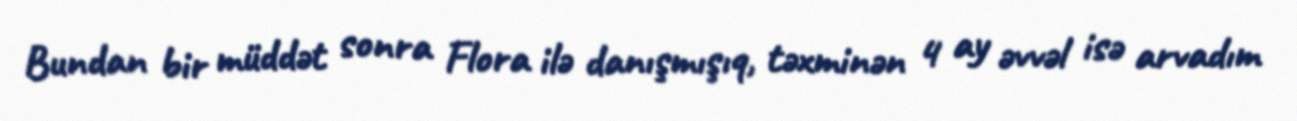
Bundan bir müddət sonra Flora ilə danışmışıq, təxminən 4 ay əvvəl isə arvadım